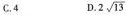
C.4 D.2 \sqrt{13}